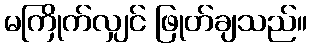
မကြိုက်လျှင် ဖြုတ်ချသည်။